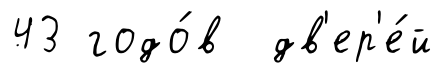
43 годо́в дв'ер'е́й